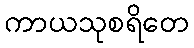
ကာယသုစရိတေ